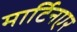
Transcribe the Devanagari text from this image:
मार्टिनएर